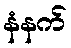
နံနက်